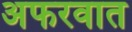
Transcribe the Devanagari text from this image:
अफरवात